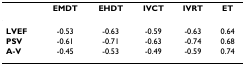
<table><thead><tr><td></td><td><b>EMDT</b></td><td><b>EHDT</b></td><td><b>IVCT</b></td><td><b>IVRT</b></td><td><b>ET</b></td></tr></thead><tbody><tr><td><b>LVEF</b></td><td>-0.53</td><td>-0.63</td><td>-0.59</td><td>-0.63</td><td>0.64</td></tr><tr><td><b>PSV</b></td><td>-0.61</td><td>-0.71</td><td>-0.63</td><td>-0.74</td><td>0.68</td></tr><tr><td><b>A-V</b></td><td>-0.45</td><td>-0.53</td><td>-0.49</td><td>-0.59</td><td>0.74</td></tr></tbody></table>